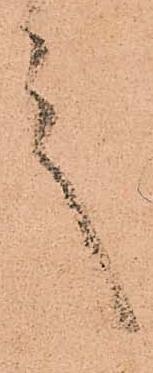
言